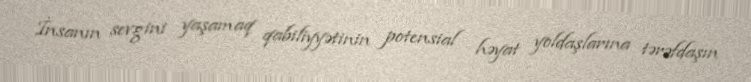
İnsanın sevgini yaşamaq qabiliyyətinin potensial həyat yoldaşlarına tərəfdaşın